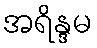
အရိန္ဒမ